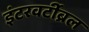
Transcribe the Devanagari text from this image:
इंटरवर्टीब्रल